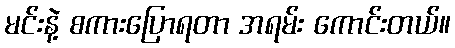
မင်းနဲ့ စကားပြောရတာ အရမ်း ကောင်းတယ်။